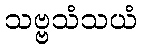
သဗ္ဗသံသယံ